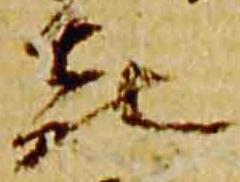
喜